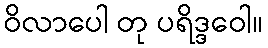
ဝိလာပေါ တု ပရိဒ္ဒဝေါ။